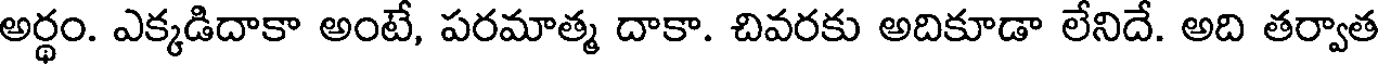
అర్థం. ఎక్కడిదాకా అంటే, పరమాత్మ దాకా. చివరకు అదికూడా లేనిదే. అది తర్వాత